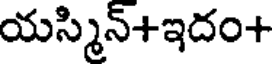
యస్మిన్+ఇదం+